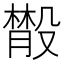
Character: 𣫄